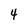
Character: 4